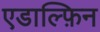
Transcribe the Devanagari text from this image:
एडाल्फ़िन